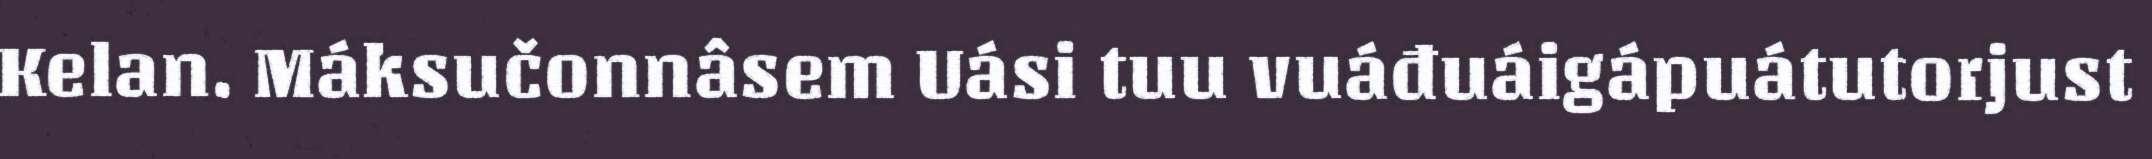
Kelan. Máksučonnâsem Uási tuu vuáđuáigápuátutorjust